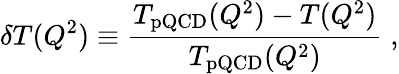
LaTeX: \delta T(Q^{2})\equiv{\frac{T_{\mathrm{pQCD}}(Q^{2})-T(Q^{2})}{T_{\mathrm{pQCD}}(Q^{2})}}\; ,